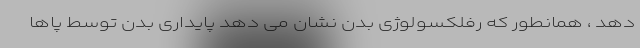
دهد ، همانطور که رفلکسولوژی بدن نشان می دهد پایداری بدن توسط پاها